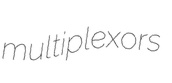
multiplexors